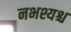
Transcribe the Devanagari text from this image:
नभश्यश्च